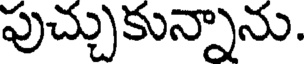
పుచ్చుకున్నాను.